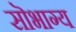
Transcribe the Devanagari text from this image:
सॊभाग्य